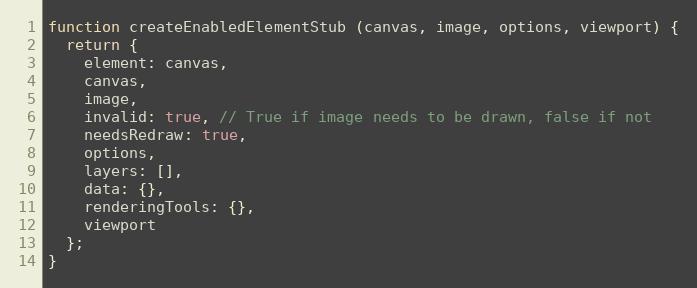
Language: JavaScript
function createEnabledElementStub (canvas, image, options, viewport) {
  return {
    element: canvas,
    canvas,
    image,
    invalid: true, // True if image needs to be drawn, false if not
    needsRedraw: true,
    options,
    layers: [],
    data: {},
    renderingTools: {},
    viewport
  };
}